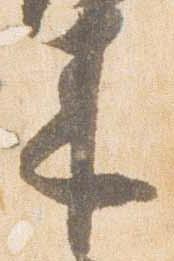
来